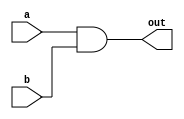
`timescale 1ns/10ps

module and_gate(a,b,out);
    input a, b;
    output out;
    assign out = a & b;
endmodule